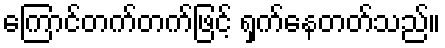
ကြောင်တက်တက်ဖြင့် ရှက်နေတတ်သည်။